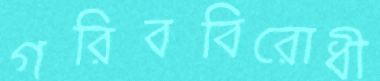
গরিববিরোধী